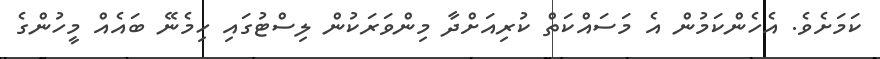
ކަމަށެވެ. އެހެންކަމުން އެ މަސައްކަތް ކުރިއަށްދާ މިންވަރަކުން ލިސްޓުގައި ހިމެނޭ ބައެއް މީހުންގެ